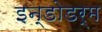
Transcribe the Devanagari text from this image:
इन्डोडर्म